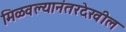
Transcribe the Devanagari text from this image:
मिळवल्यानंतरदेखील